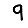
Digit: 9